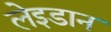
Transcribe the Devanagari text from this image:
लेइडान